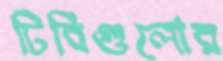
ঢিবিগুলোর